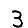
Digit: 3